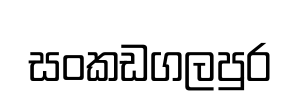
සංකඩගලපුර